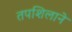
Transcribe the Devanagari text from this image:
तपशिलाने